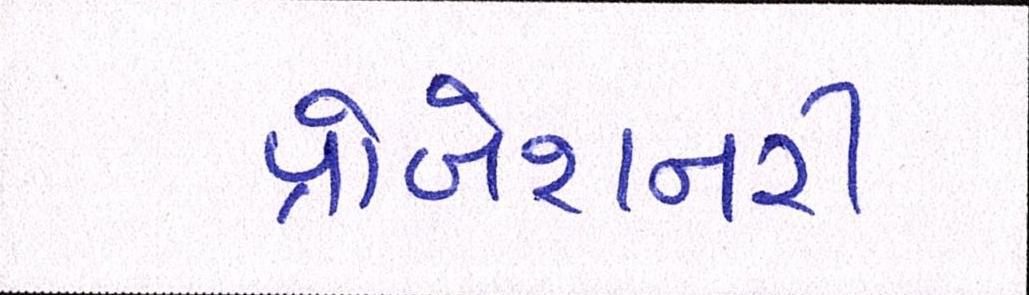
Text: પ્રોબેશનરી